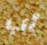
اب